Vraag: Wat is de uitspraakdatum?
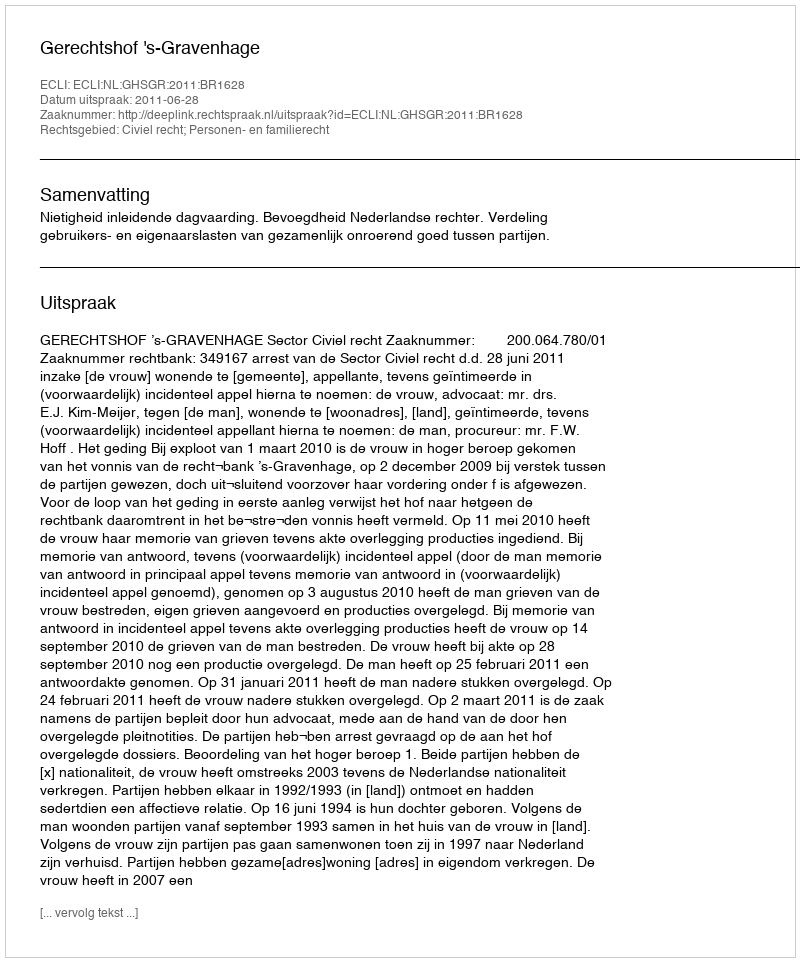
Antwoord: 2011-06-28